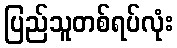
ပြည်သူတစ်ရပ်လုံး